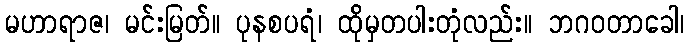
မဟာရာဇ၊ မင်းမြတ်။ ပုနစပရံ၊ ထိုမှတပါးတုံလည်း။ ဘဂဝတာခေါ၊